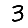
Digit: 3